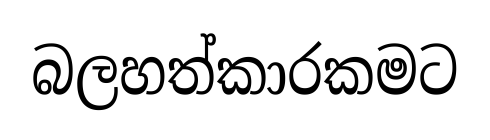
බලහත්කාරකමට